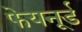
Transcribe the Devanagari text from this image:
फेयनूर्ड